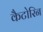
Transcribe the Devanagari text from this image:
कैटोरिन